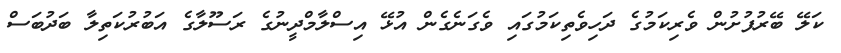
ކަލޭ ބޭރުފުށުން ވެރިކަމުގެ ދަހިވެތިކަމުގައި ވެގަނެގެން އުޅޭ އިސްލާމްދީނުގެ ރަސޫލާގެ އަބުރުކަތިލާ ބަދުބަސް